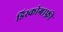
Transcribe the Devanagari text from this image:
डिस्कोग्राफ़ी